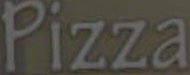
Pizza